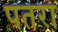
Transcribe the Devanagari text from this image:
पतरा